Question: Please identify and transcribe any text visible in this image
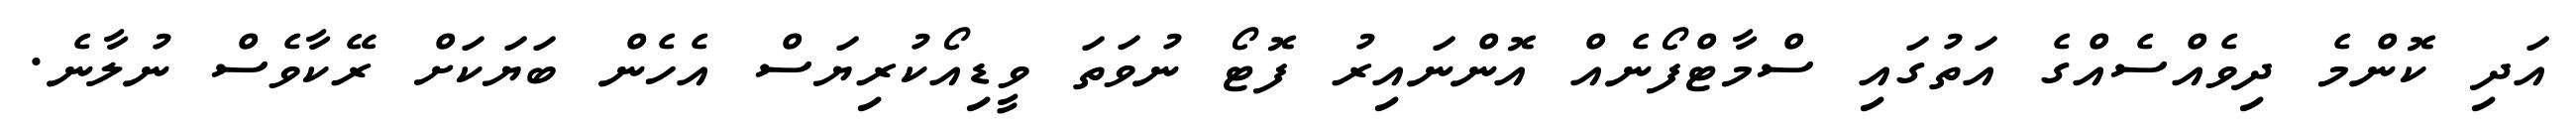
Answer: އަދި ކޮންމެ ދިވެއްސެއްގެ އަތުގައި ސްމާޓްފޯނެއް އޮންނައިރު ފޮޓޯ ނުވަތަ ވީޑިއޯކުރިޔަސް އެހެން ބަޔަކަށް ރޭކާވެސް ނުލާނެ.